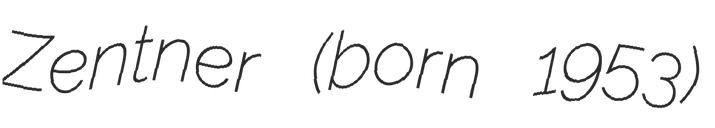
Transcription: Zentner (born 1953)